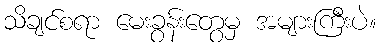
သိချင်စရာ မေးခွန်းတွေမှ အများကြီးပဲ။